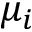
\mu _ { i }